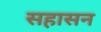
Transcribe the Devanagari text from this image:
सहासन